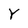
Character: Y